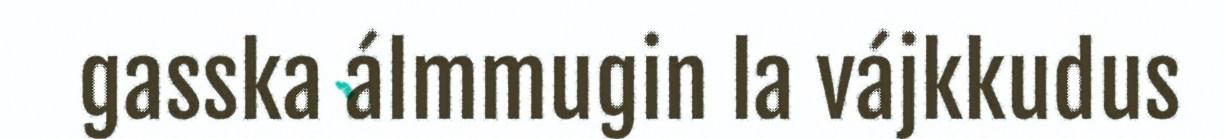
gasska álmmugin la vájkkudus